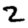
Digit: 2